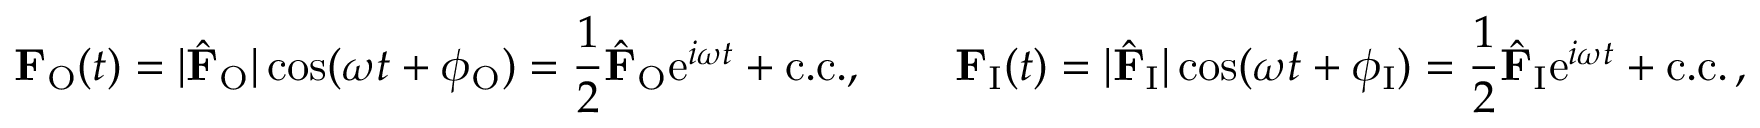
\mathbf { F } _ { \mathrm { O } } ( t ) = | \hat { \mathbf { F } } _ { \mathrm { O } } | \cos ( \omega t + \phi _ { \mathrm { O } } ) = \frac { 1 } { 2 } \hat { \mathbf { F } } _ { \mathrm { O } } \mathrm { e } ^ { i \omega t } + \mathrm { c . c . } , \qquad \mathbf { F } _ { \mathrm { I } } ( t ) = | \hat { \mathbf { F } } _ { \mathrm { I } } | \cos ( \omega t + \phi _ { \mathrm { I } } ) = \frac { 1 } { 2 } \hat { \mathbf { F } } _ { \mathrm { I } } \mathrm { e } ^ { i \omega t } + \mathrm { c . c . } \, ,